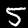
Label: 5